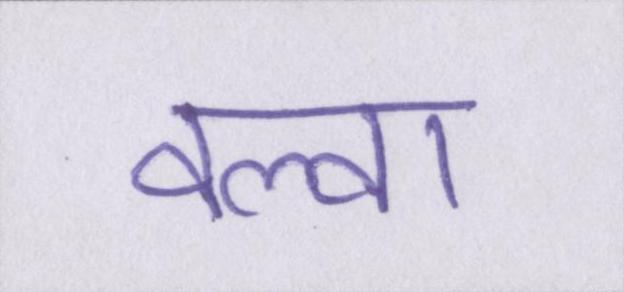
वल्वा